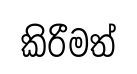
කිරීමත්